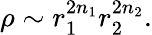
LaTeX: \rho\sim r_{1}^{2n_{1}}r_{2}^{2n_{2}}.